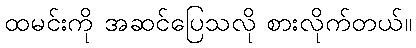
ထမင်းကို အဆင်ပြေသလို စားလိုက်တယ်။